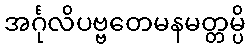
အင်္ဂုလိပဗ္ဗတေမနမတ္တမ္ပိ